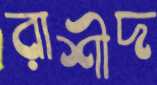
রাশীদ